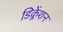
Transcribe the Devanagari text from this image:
डिक्लेंशन